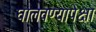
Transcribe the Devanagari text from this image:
घालवण्यापेक्षा